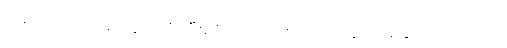
သည်လို အခါမျိုးတွင် ကိုကျီးညိုရင်ထဲကစကားတွေ ခင်နှောင်းကို ပြောဖို့